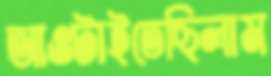
আওটাইতেছিলাম